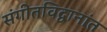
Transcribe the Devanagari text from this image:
संगीतविद्वानांत